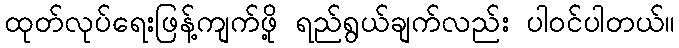
ထုတ်လုပ်ရေးဖြန့်ကျက်ဖို့ ရည်ရွယ်ချက်လည်း ပါဝင်ပါတယ်။